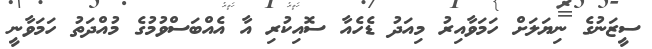
ސީޒަނުގެ ނިޔަލަށް ހަމަވާއިރު މިއަދު ޑެހެއާ ސޮއިކުރި އާ އެއްބަސްވުމުގެ މުއްދަތު ހަމަވާނީ